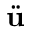
\ddot { \mathbf { u } }